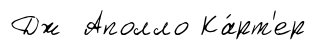
Дж Аполло Ка́рт'ер